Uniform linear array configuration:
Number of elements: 64
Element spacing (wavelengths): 0.75
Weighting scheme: exponential
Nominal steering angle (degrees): -30
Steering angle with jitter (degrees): -29.03
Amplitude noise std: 0.05
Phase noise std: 0.05

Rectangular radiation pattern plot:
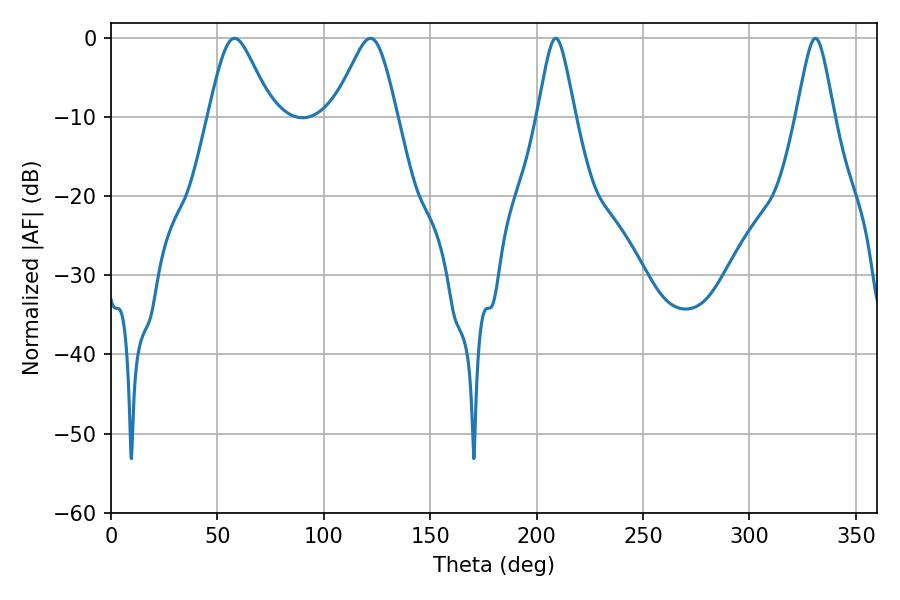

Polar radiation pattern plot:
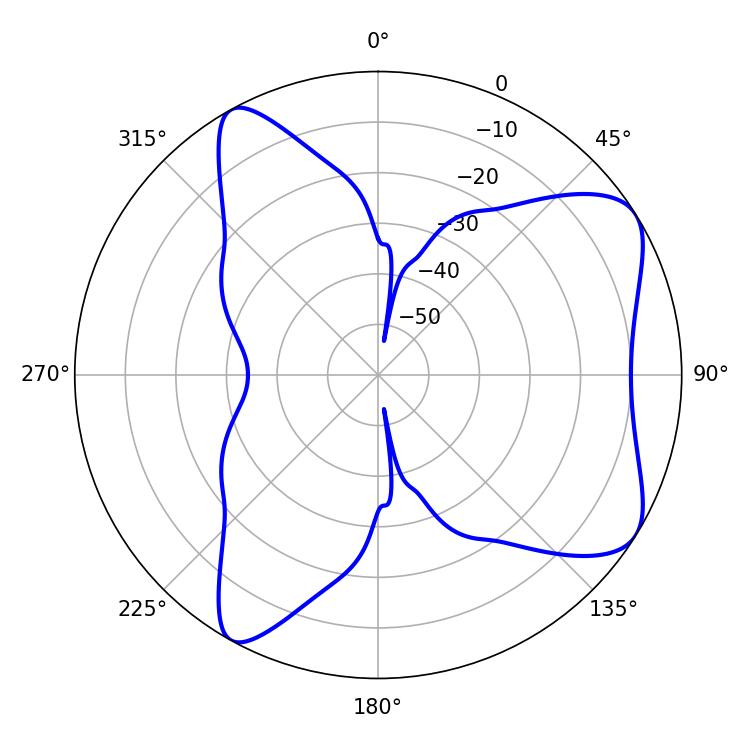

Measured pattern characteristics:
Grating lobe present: TRUE
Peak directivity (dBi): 7.213
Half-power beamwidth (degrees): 8.46
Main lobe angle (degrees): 208.98